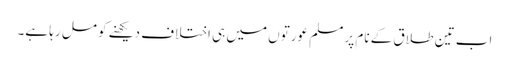
اب تین طلاق کے نام پر مسلم عورتوں میں ہی اختلاف دیکھنے کو مل رہا ہے۔